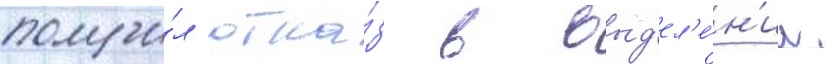
получи́л отка́з в выд'ел'е́н'ии